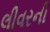
લીવરની